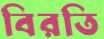
বিরতি